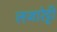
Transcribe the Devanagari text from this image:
लजारेट्टी